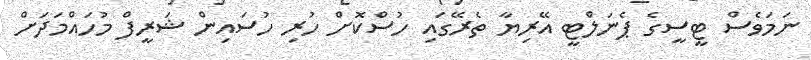
ނަމަވެސް ޓީސީގެ ޕެނަލްޓީ އޭރިޔާ ތެރޭގައި ހުސްކޮށް ހުރި ހުސައިން ޝަރީފް މުހައްމަދަށް